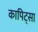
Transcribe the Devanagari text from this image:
कापिट्सा